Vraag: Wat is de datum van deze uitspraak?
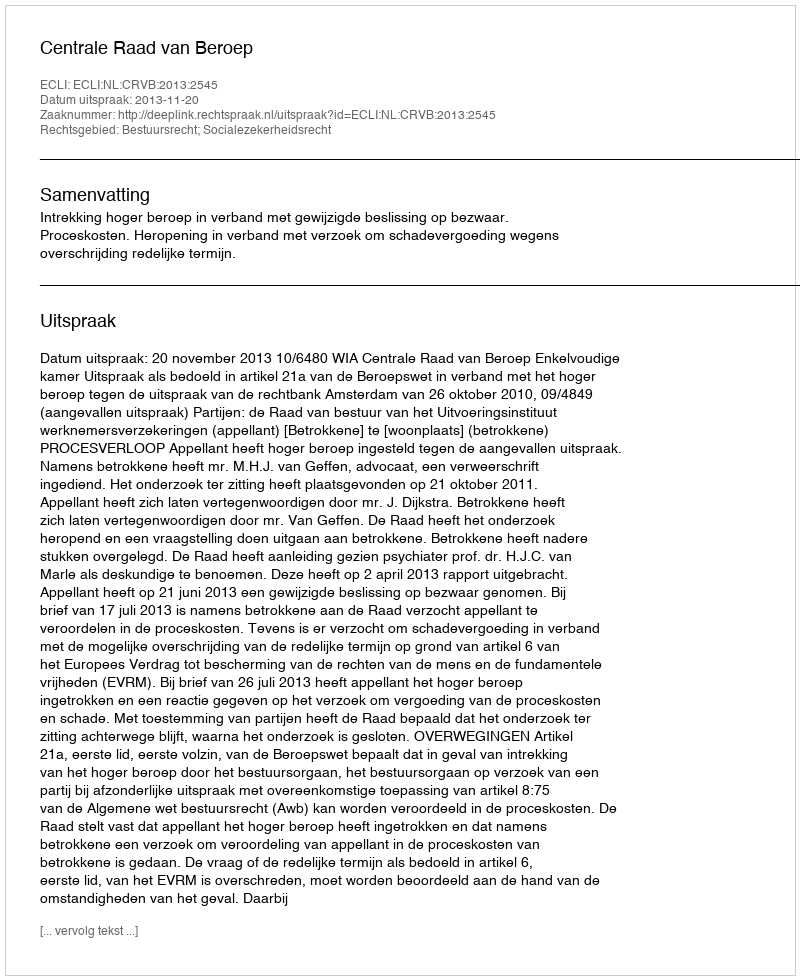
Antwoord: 2013-11-20